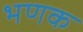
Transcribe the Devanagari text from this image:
भणक